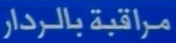
مراقبة بالرادار